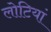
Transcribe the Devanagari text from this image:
लोटियां